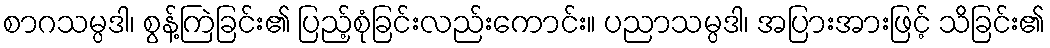
စာဂသမ္ပဒါ၊ စွန့်ကြဲခြင်း၏ ပြည့်စုံခြင်းလည်းကောင်း။ ပညာသမ္ပဒါ၊ အပြားအားဖြင့် သိခြင်း၏